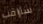
سأراقب